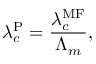
\lambda _ { c } ^ { \mathrm { P } } = \frac { \lambda _ { c } ^ { \mathrm { M F } } } { \Lambda _ { m } } ,